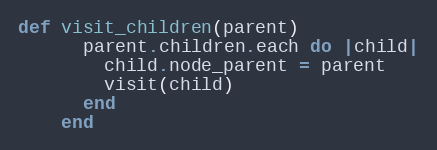
Language: Ruby
def visit_children(parent)
      parent.children.each do |child|
        child.node_parent = parent
        visit(child)
      end
    end